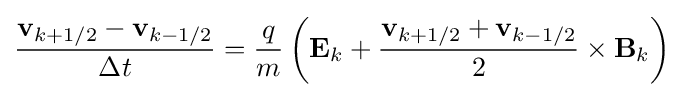
{\frac {\mathbf {v} _{k+1/2}-\mathbf {v} _{k-1/2}}{\Delta t}}={\frac {q}{m}}\left(\mathbf {E} _{k}+{\frac {\mathbf {v} _{k+1/2}+\mathbf {v} _{k-1/2}}{2}}\times \mathbf {B} _{k}\right)